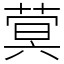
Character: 蓂